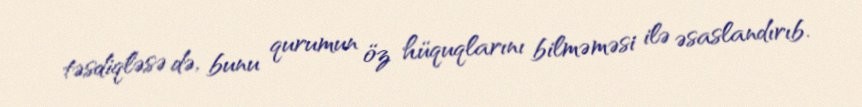
təsdiqləsə də, bunu qurumun öz hüquqlarını bilməməsi ilə əsaslandırıb.